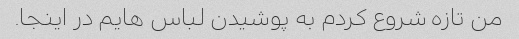
من تازه شروع کردم به پوشیدن لباس هایم در اینجا.